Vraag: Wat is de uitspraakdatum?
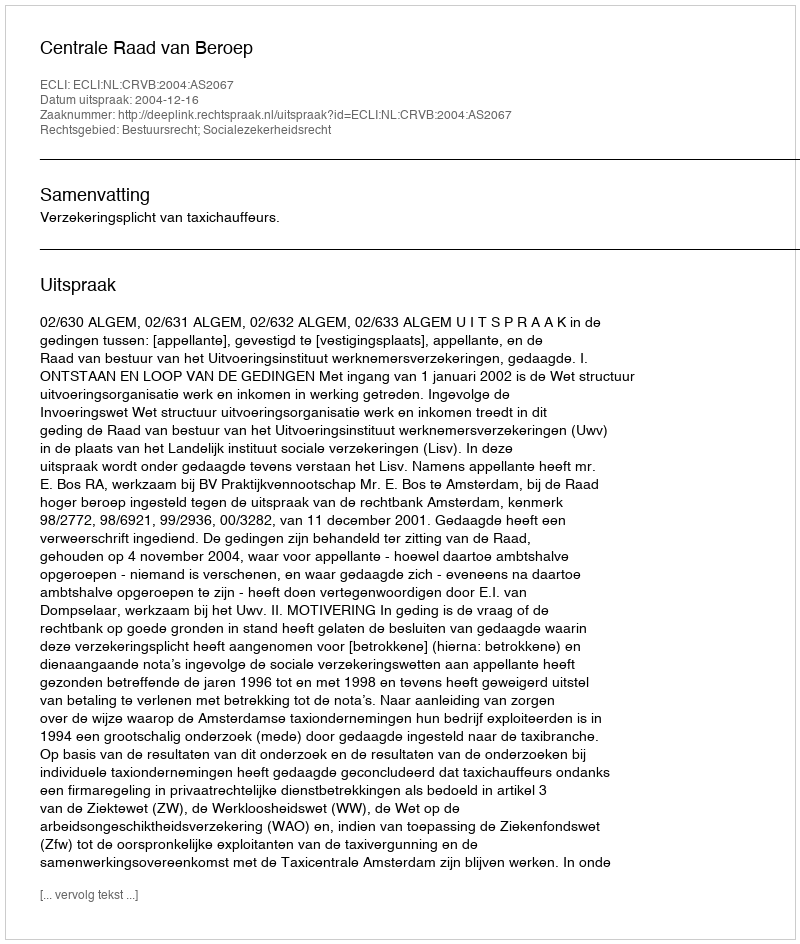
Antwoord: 2004-12-16